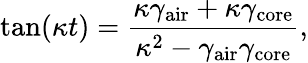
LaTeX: \mathrm{tan}(\kappa t)=\frac{\kappa\gamma_{\mathrm{air}}+\kappa\gamma_{\mathrm{core}}}{\kappa^{2}-\gamma_{\mathrm{air}}\gamma_{\mathrm{core}}},